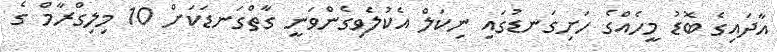
އާދައިގެ ބޮޑު މީހެއްގެ ހަށިގަނޑުގައި ނިކަލް އެކުލެވިގެންވަނީ ގާތްގަނޑަކަށް 10 މިލިގްރާމް ގެ